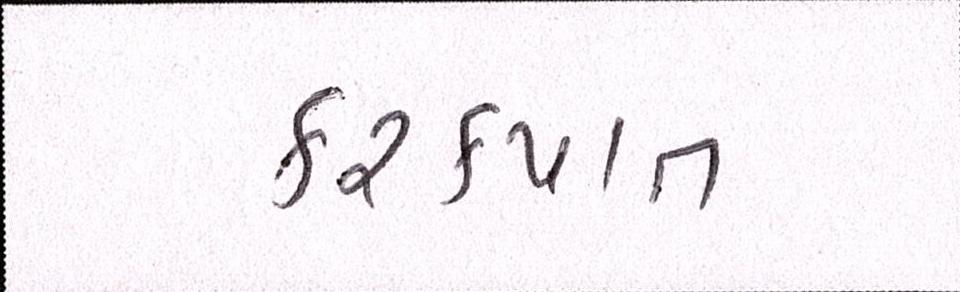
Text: કરકપાત